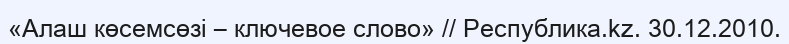
«Алаш көсемсөзі – ключевое слово» // Республика.kz. 30.12.2010.